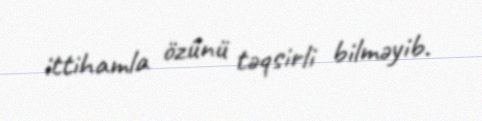
ittihamla özünü təqsirli bilməyib.